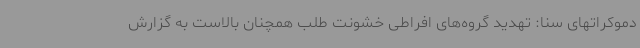
دموکراتهای سنا: تهدید گروه‌های افراطی خشونت طلب همچنان بالاست به گزارش